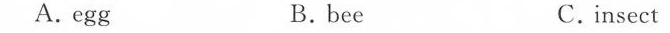
A.egg B.bee C.insect